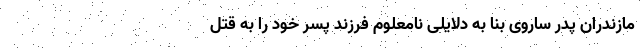
مازندران پدر ساروی بنا به دلایلی نامعلوم فرزند پسر خود را به قتل